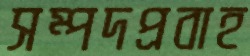
সম্পদপ্রবাহ